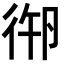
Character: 𢓷